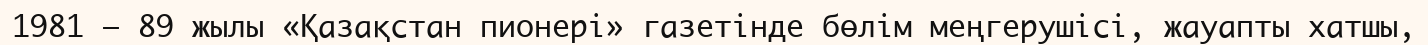
1981 – 89 жылы «Қазақстан пионері» газетінде бөлім меңгерушісі, жауапты хатшы,